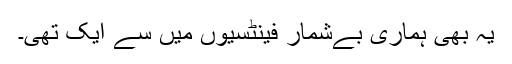
یہ بھی ہماری بےشمار فینٹسیوں میں سے ایک تھی۔